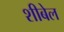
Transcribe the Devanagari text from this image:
शीबेल